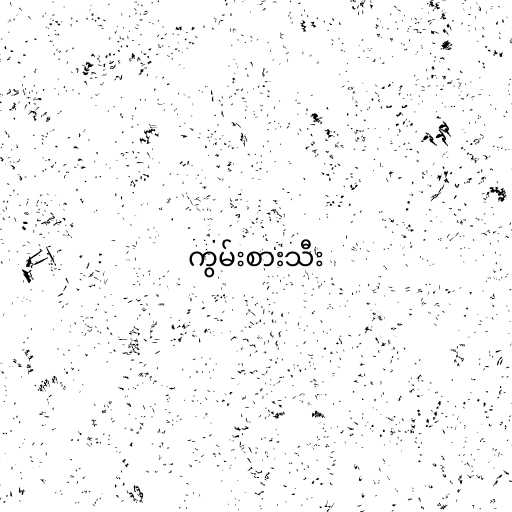
ကွမ်းစားသီး